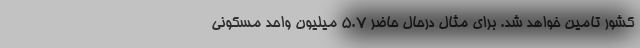
کشور تامین خواهد شد. برای مثال درحال حاضر ۵.۷ میلیون واحد مسکونی